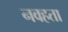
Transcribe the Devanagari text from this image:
नवहता